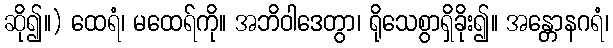
ဆို၍။) ထေရံ၊ မထေရ်ကို။ အဘိဝါဒေတွာ၊ ရိုသေစွာရှိခိုး၍။ အန္တောနဂရံ၊